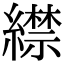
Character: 䌝